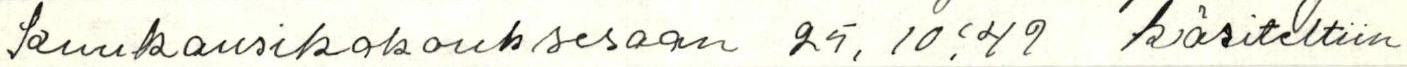
kuukausikokouksessaan 25.10:49 käsiteltiin